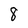
Character: 8